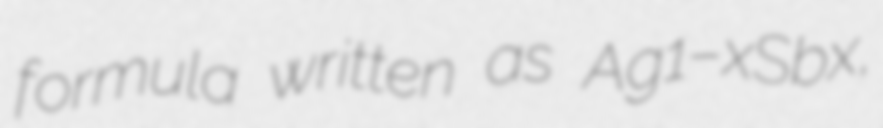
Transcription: formula written as Ag1−xSbx,